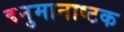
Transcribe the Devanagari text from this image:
हनुमानाष्टक